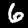
Label: 6